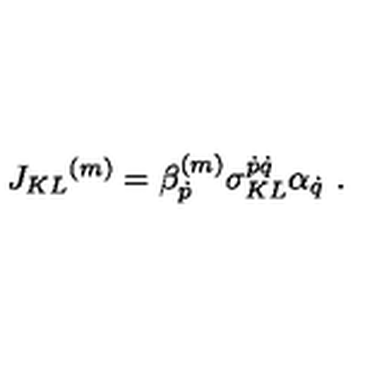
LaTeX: J _ { K L } { } ^ { ( m ) } = \beta _ { \dot { p } } ^ { ( m ) } \sigma _ { K L } ^ { \dot { p } \dot { q } } \alpha _ { \dot { q } } \ .